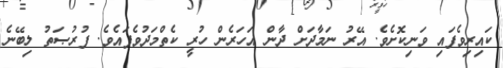
ކައިރިވެފައި ވަނިކޮށެވެ. އޭރު ނަމާދަށް ދާން އަހަރެން ހުރީ ކެތްމަދުވެފައެވެ. ފުރުޞަތު ލިބޭނެ